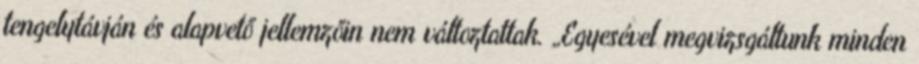
tengelytávján és alapvető jellemzőin nem változtattak. „Egyesével megvizsgáltunk minden